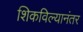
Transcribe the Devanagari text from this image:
शिकविल्यानंतर